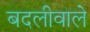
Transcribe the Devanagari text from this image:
बदलीवाले